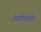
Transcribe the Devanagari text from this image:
आणिकी